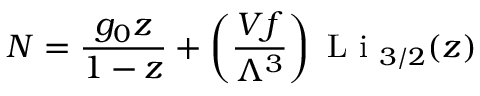
N = { \frac { g _ { 0 } z } { 1 - z } } + \left( { \frac { V f } { \Lambda ^ { 3 } } } \right) { \textrm { L i } } _ { 3 / 2 } ( z )